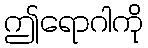
ဤရောဂါကို